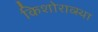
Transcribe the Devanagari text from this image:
किशोराव्स्था